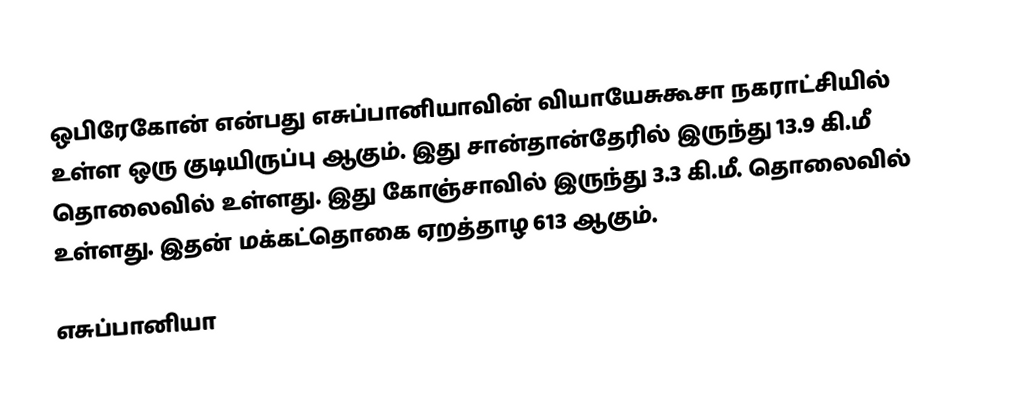
ஒபிரேகோன் என்பது எசுப்பானியாவின் வியாயேசுகூசா நகராட்சியில் உள்ள ஒரு குடியிருப்பு ஆகும். இது சான்தான்தேரில் இருந்து 13.9 கி.மீ தொலைவில் உள்ளது. இது கோஞ்சாவில் இருந்து 3.3 கி.மீ. தொலைவில் உள்ளது. இதன் மக்கட்தொகை ஏறத்தாழ 613 ஆகும்.

எசுப்பானியா